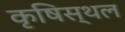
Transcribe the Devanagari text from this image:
कृषिस्थल